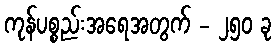
ကုန်ပစ္စည်းအရေအတွက် - ၂၅၀ ခု